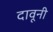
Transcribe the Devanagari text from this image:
दावूनी